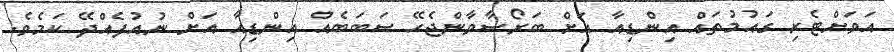
އަވަށްޓެރި ގައުމުތައް އިންޑިއާ އަށް ބަރޯސާވާންޖެހޭ ސަބަބެއް އިންޑިއާ އަށް ނުއުފެއްދޭ ކަމެވެ.